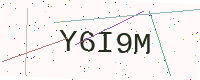
Text: Y6I9M